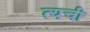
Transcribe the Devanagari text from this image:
त्यची